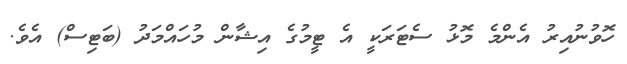
ހޮވުނުއިރު އެންމެ މޮޅު ސެޓަރަކީ އެ ޓީމުގެ އިޝާން މުހައްމަދު (ބަޓިސް) އެވެ.